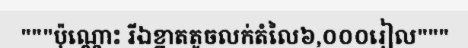
"""ប៉ុណ្ណោះ រីឯខ្នាតតូចលក់តំលៃ៦,០០០រៀល"""